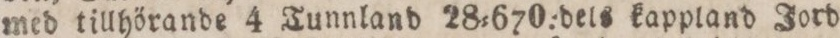
med tillhörande 4 Tunnland 28=670:dels kappland Jord